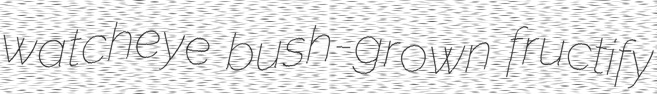
watcheye bush-grown fructify